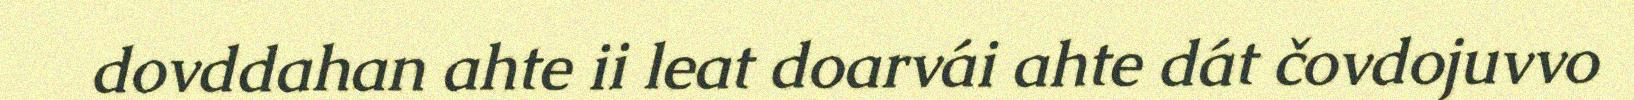
dovddahan ahte ii leat doarvái ahte dát čovdojuvvo